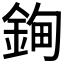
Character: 𰼲